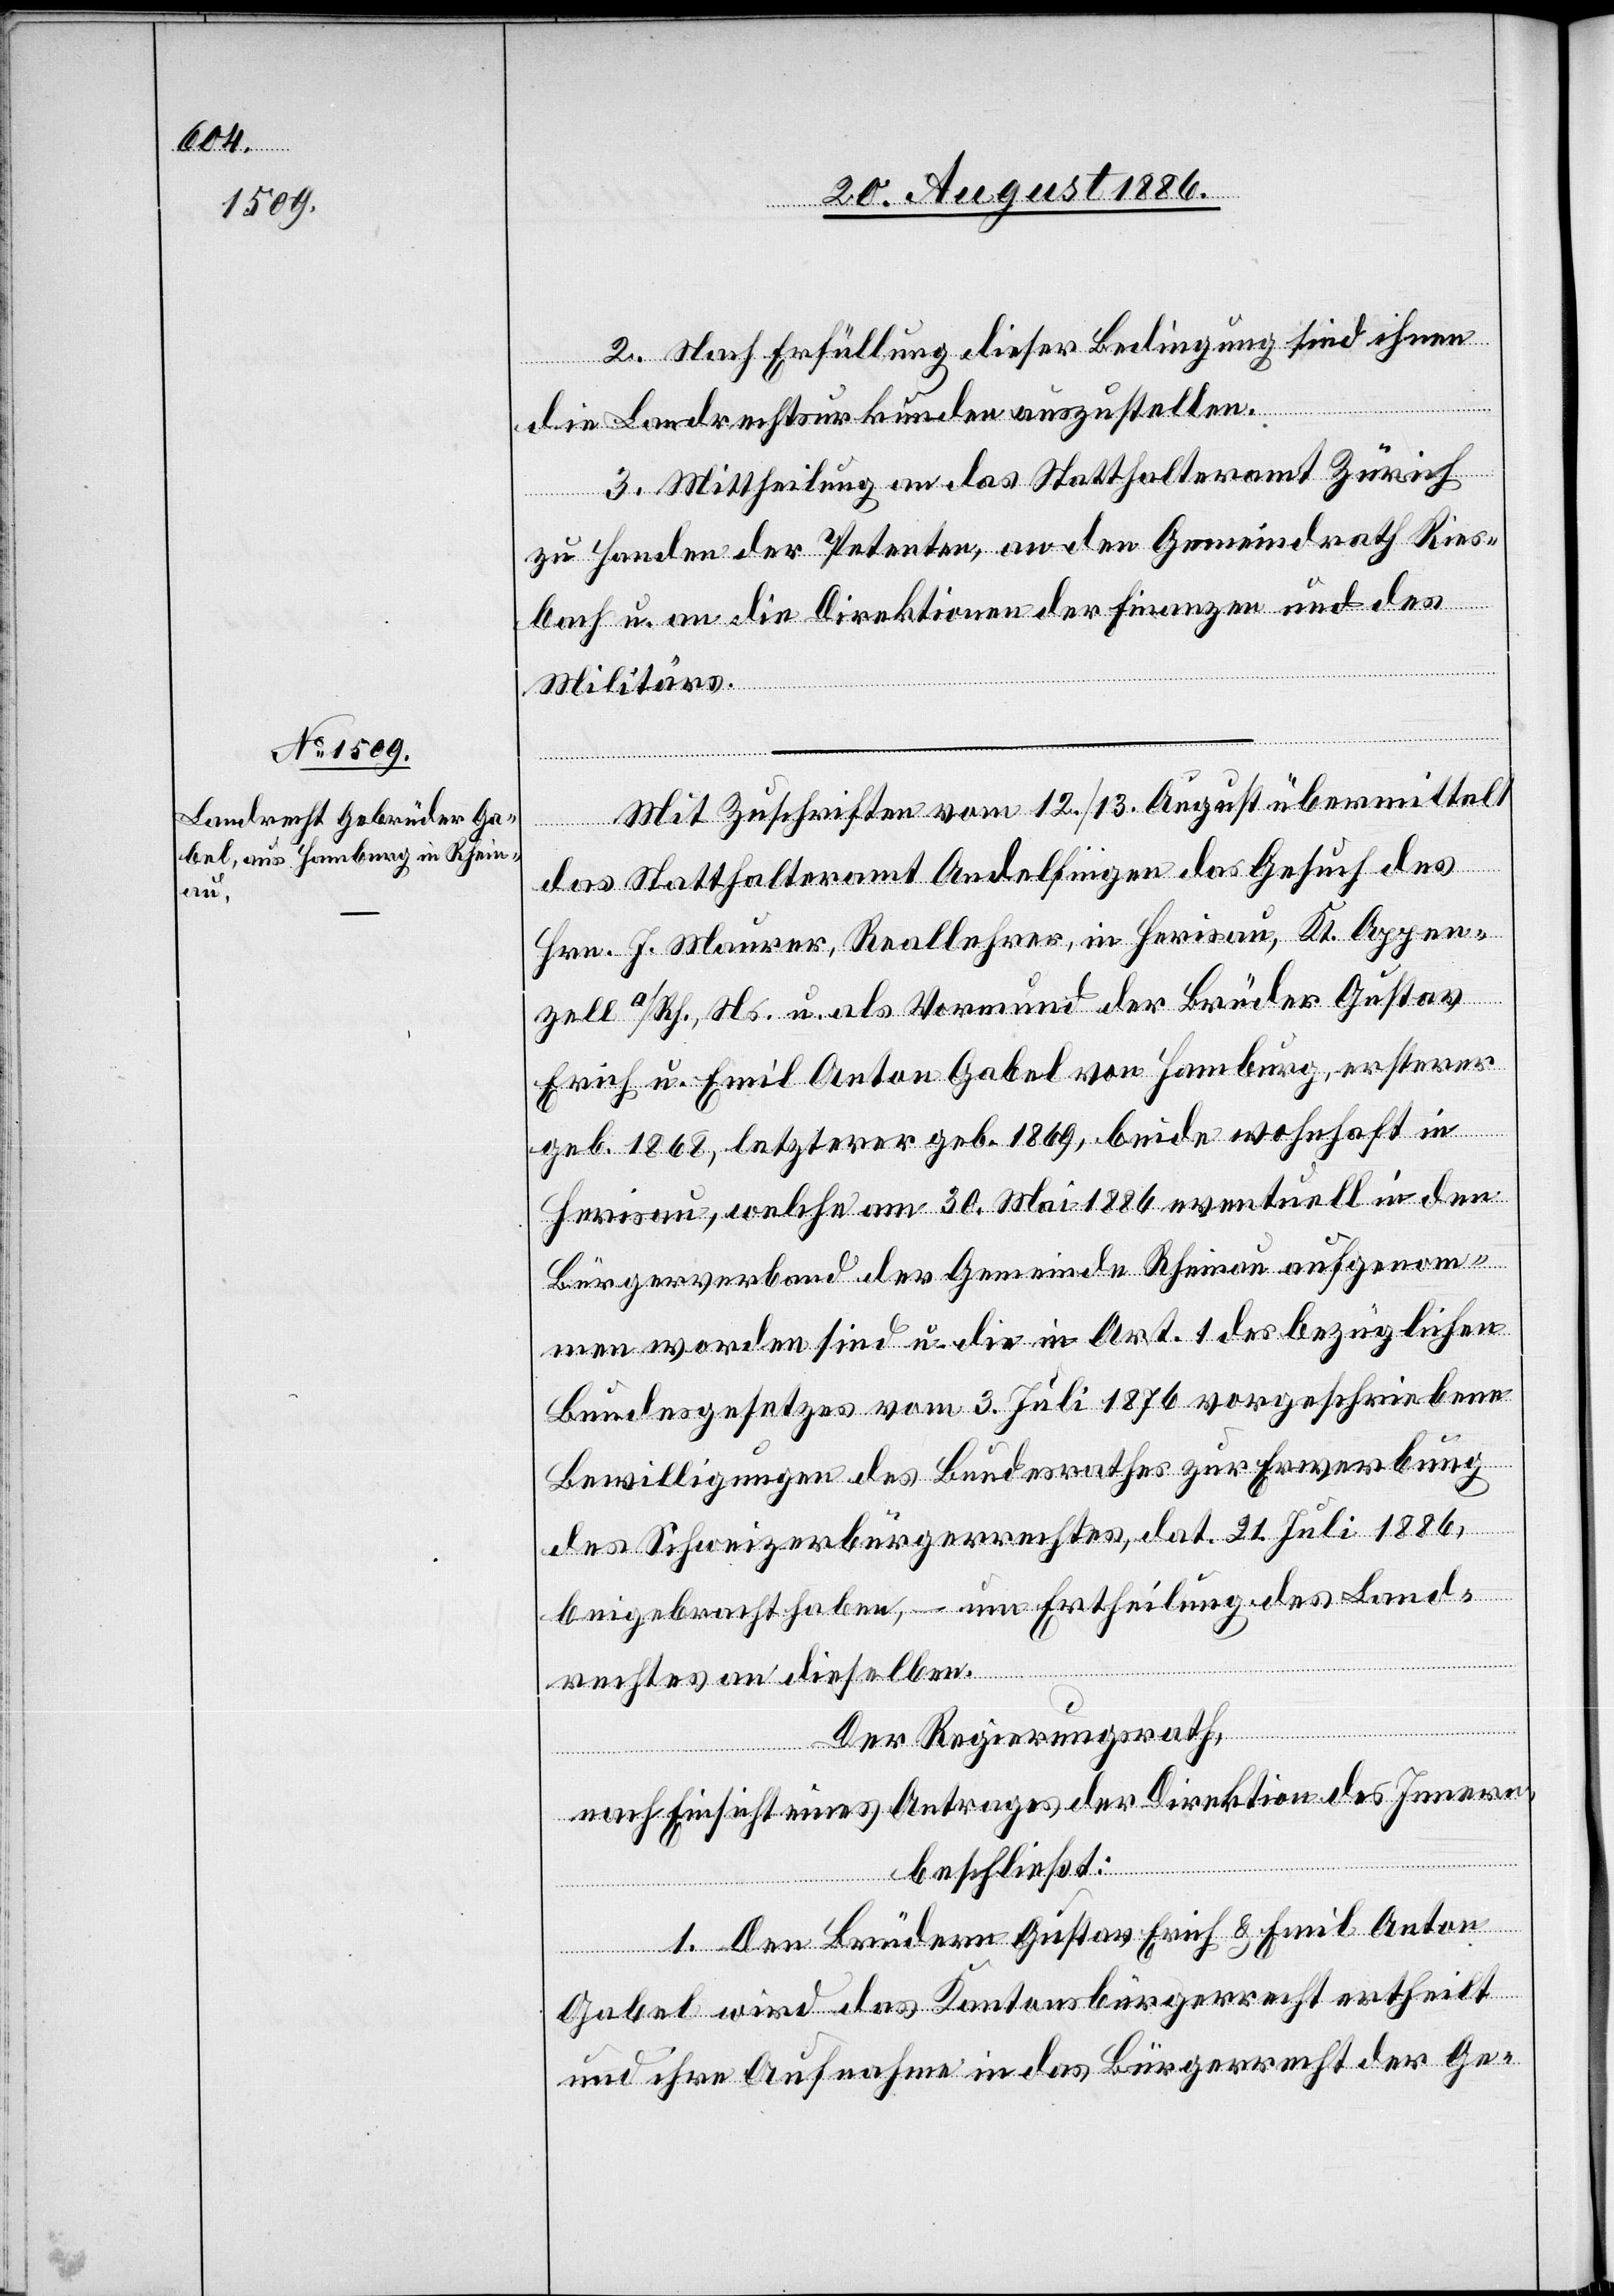
2. Nach Erfüllung dieser Bedingung sind ihnen
die Landrechtsurkunden auszustellen.
3. Mittheilung an das Statthalteramt Zürich
zu Handen der Petenten, an den Gemeindrath Ries¬
bach u. an die Direktionen der Finanzen und des
Militärs.
Mit Zuschriften vom 12./13. August übermittelt
das Statthalteramt Andelfingen das Gesuch des
Hrn. J. Maurer, Reallehrer, in Herisau, Kt. Appen¬
zell a/Rh., Ns. u. als Vormund der Brüder Gustav
Erich u. Emil Anton Gabel von Hamburg, ersterer
geb. 1868, letzerer geb. 1869, beide wohnhaft in
Herisau, welche am 30. Mai 1886 eventuell in den
Bürgerverband der Gemeinde Rheinau aufgenom¬
men worden sind u. die in Art. 1 des bezüglichen
Bundesgesetzes vom 3. Juli 1876 vorgeschriebene[n]
Bewilligungen des Bundesrathes zur Erwerbung
des Schweizerbürgerrechtes, dat. 21. Juli 1886,
beigebracht haben, – um Ertheilung des Land¬
rechtes an dieselben.
Der Regierungsrath,
nach Einsicht eines Antrages der Direktion des Innern,
beschließt:
1. Den Brüdern Gustav Erich & Emil Anton
Gabel wird das Kantonsbürgerrecht ertheilt
und ihre Aufnahme in das Bürgerrecht der Ge-